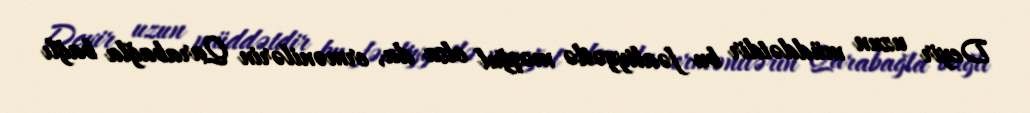
Deyir uzun müddətdir bu fəaliyyətlə məşğul olsa da, ermənilərin Qarabağla bağlı